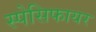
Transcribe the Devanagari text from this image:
स्पेसिफायर